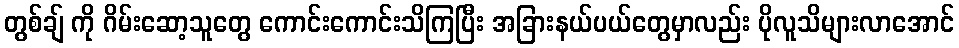
တွစ်ချ် ကို ဂိမ်းဆော့သူတွေ ကောင်းကောင်းသိကြပြီး အခြားနယ်ပယ်တွေမှာလည်း ပိုလူသိများလာအောင်